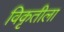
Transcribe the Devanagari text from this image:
विकृतीला